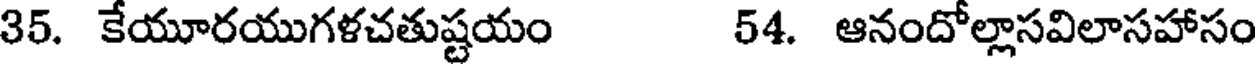
35. కేయూరయుగళచతుష్టయం 54. ఆనందోల్లాసవిలాసహాసం